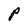
Character: P